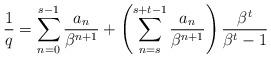
LaTeX: \begin{align*}\frac{1}{q}=\sum_{n=0}^{s-1}\frac{a_n}{\beta^{n+1}}+\left(\sum_{n=s}^{s+t-1} \frac{a_n}{\beta^{n+1}}\right)\frac{\beta^t}{\beta^t-1}\end{align*}